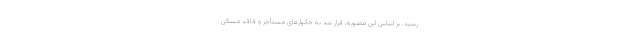
رسید. بر اساس این مصوبه، قرار شد به خانوارهای مستأجر و فاقد مسکن